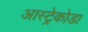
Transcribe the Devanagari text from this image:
आस्ट्रेकोडा